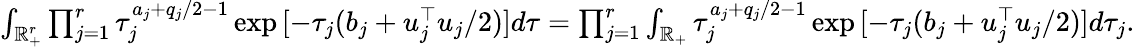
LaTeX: \begin{array}{r}{\int_{\mathbb{R}_{+}^{r}}\prod_{j=1}^{r}\tau_{j}^{a_{j}+q_{j}/2-1}\exp{[-\tau_{j}(b_{j}+u_{j}^{\top}u_{j}/2)]}d\tau=\prod_{j=1}^{r}\int_{\mathbb{R}_{+}}\tau_{j}^{a_{j}+q_{j}/2-1}\exp{[-\tau_{j}(b_{j}+u_{j}^{\top}u_{j}/2)]}d\tau_{j}.}\end{array}